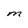
Character: M